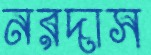
নরদাস